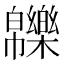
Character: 𤾾